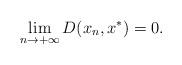
LaTeX: \begin{align*}\lim_{n\to +\infty} D(x_n,x^*)=0.\end{align*}